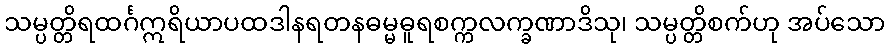
သမ္ပတ္တိရထင်္ဂဣရိယာပထဒါနရတနဓမ္မဓူရစက္ကလက္ခဏာဒိသု၊ သမ္ပတ္တိစက်ဟု အပ်သော